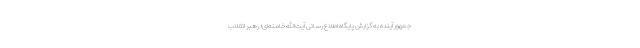
جمهور آینده به گزارش پایگاه اطلاع رسانی آیت‌الله خامنه‌ای؛ رهبر انقلاب